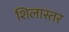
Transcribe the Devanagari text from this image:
शिलास्तर